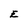
Character: E